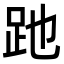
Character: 𧿇